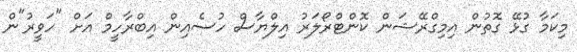
މިކަމާ ގުޅޭ ގޮތުން އިމިގްރޭޝަން ކޮންޓްރޯލަރު އިލްޔާސް ހުސެއިން އިބްރާހީމް އަށް "ހަވީރު"ން